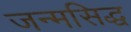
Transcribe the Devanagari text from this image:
जन्‍मसिद्ध